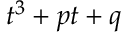
\; t ^ { 3 } + p t + q